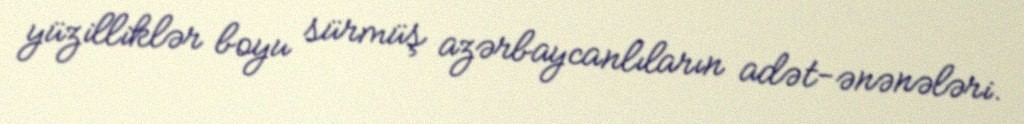
yüzilliklər boyu sürmüş azərbaycanlıların adət-ənənələri.